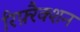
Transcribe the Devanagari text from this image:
रिफ़्रैक्शन